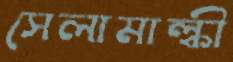
সেলামাল্কী